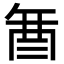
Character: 𮠚